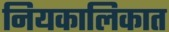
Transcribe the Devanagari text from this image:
नियकालिकात